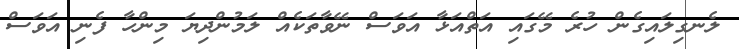
ލެނގިލައިގެން ހުރެ މޭގައި އަތްއަޅާ އަވަސް ނޭވާތަކެއް ލަމުންދިޔަ މިންހާ ފެނި އަވަސް